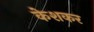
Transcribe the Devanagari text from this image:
केशकर